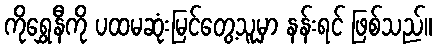
ကိုရွှေနီကို ပထမဆုံးမြင်တွေ့သူမှာ နန်းရင် ဖြစ်သည်။